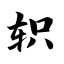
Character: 轵